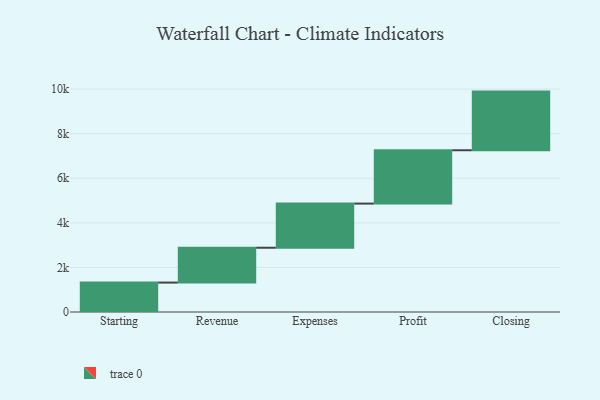
{"axis": {"x": "Step", "y": "Value"}, "legend": [""], "data": [{"x": "Starting", "y": 1320.0, "type": ""}, {"x": "Revenue", "y": 1563.0, "type": ""}, {"x": "Expenses", "y": 1980.0, "type": ""}, {"x": "Profit", "y": 2393.0, "type": ""}, {"x": "Closing", "y": 2631.0, "type": ""}]}